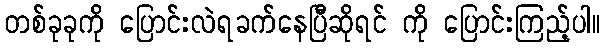
တစ်ခုခုကို ပြောင်းလဲရခက်နေပြီဆိုရင် ကို ပြောင်းကြည့်ပါ။